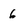
Character: 6